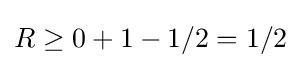
R\geq 0+1-1/2=1/2